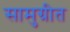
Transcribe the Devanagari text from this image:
सामुग्रीत